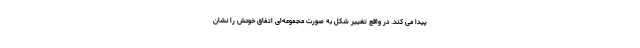
پیدا می کند. در واقع تغییر شکل به صورت مجموعه‌ای اتفاق خودش را نشان